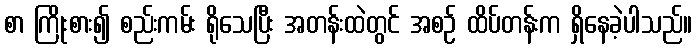
စာ ကြိုးစား၍ စည်းကမ်း ရိုသေပြီး အတန်းထဲတွင် အစဉ် ထိပ်တန်းက ရှိနေခဲ့ပါသည်။